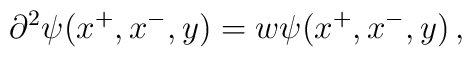
\partial^2 \psi(x^+, x^-, y ) = w \psi(x^+, x^-, y ) \,,